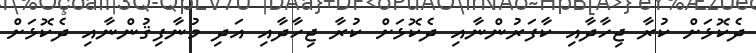
ދެކޮޅަށް ކުރާ ޖިހާދާއި ކާފަރުންނާއި ދެކޮޅަށް ކުރާ ޖިހާދާއި އަދި މުނާފިޤުންނާއި ދެކޮޅަށް